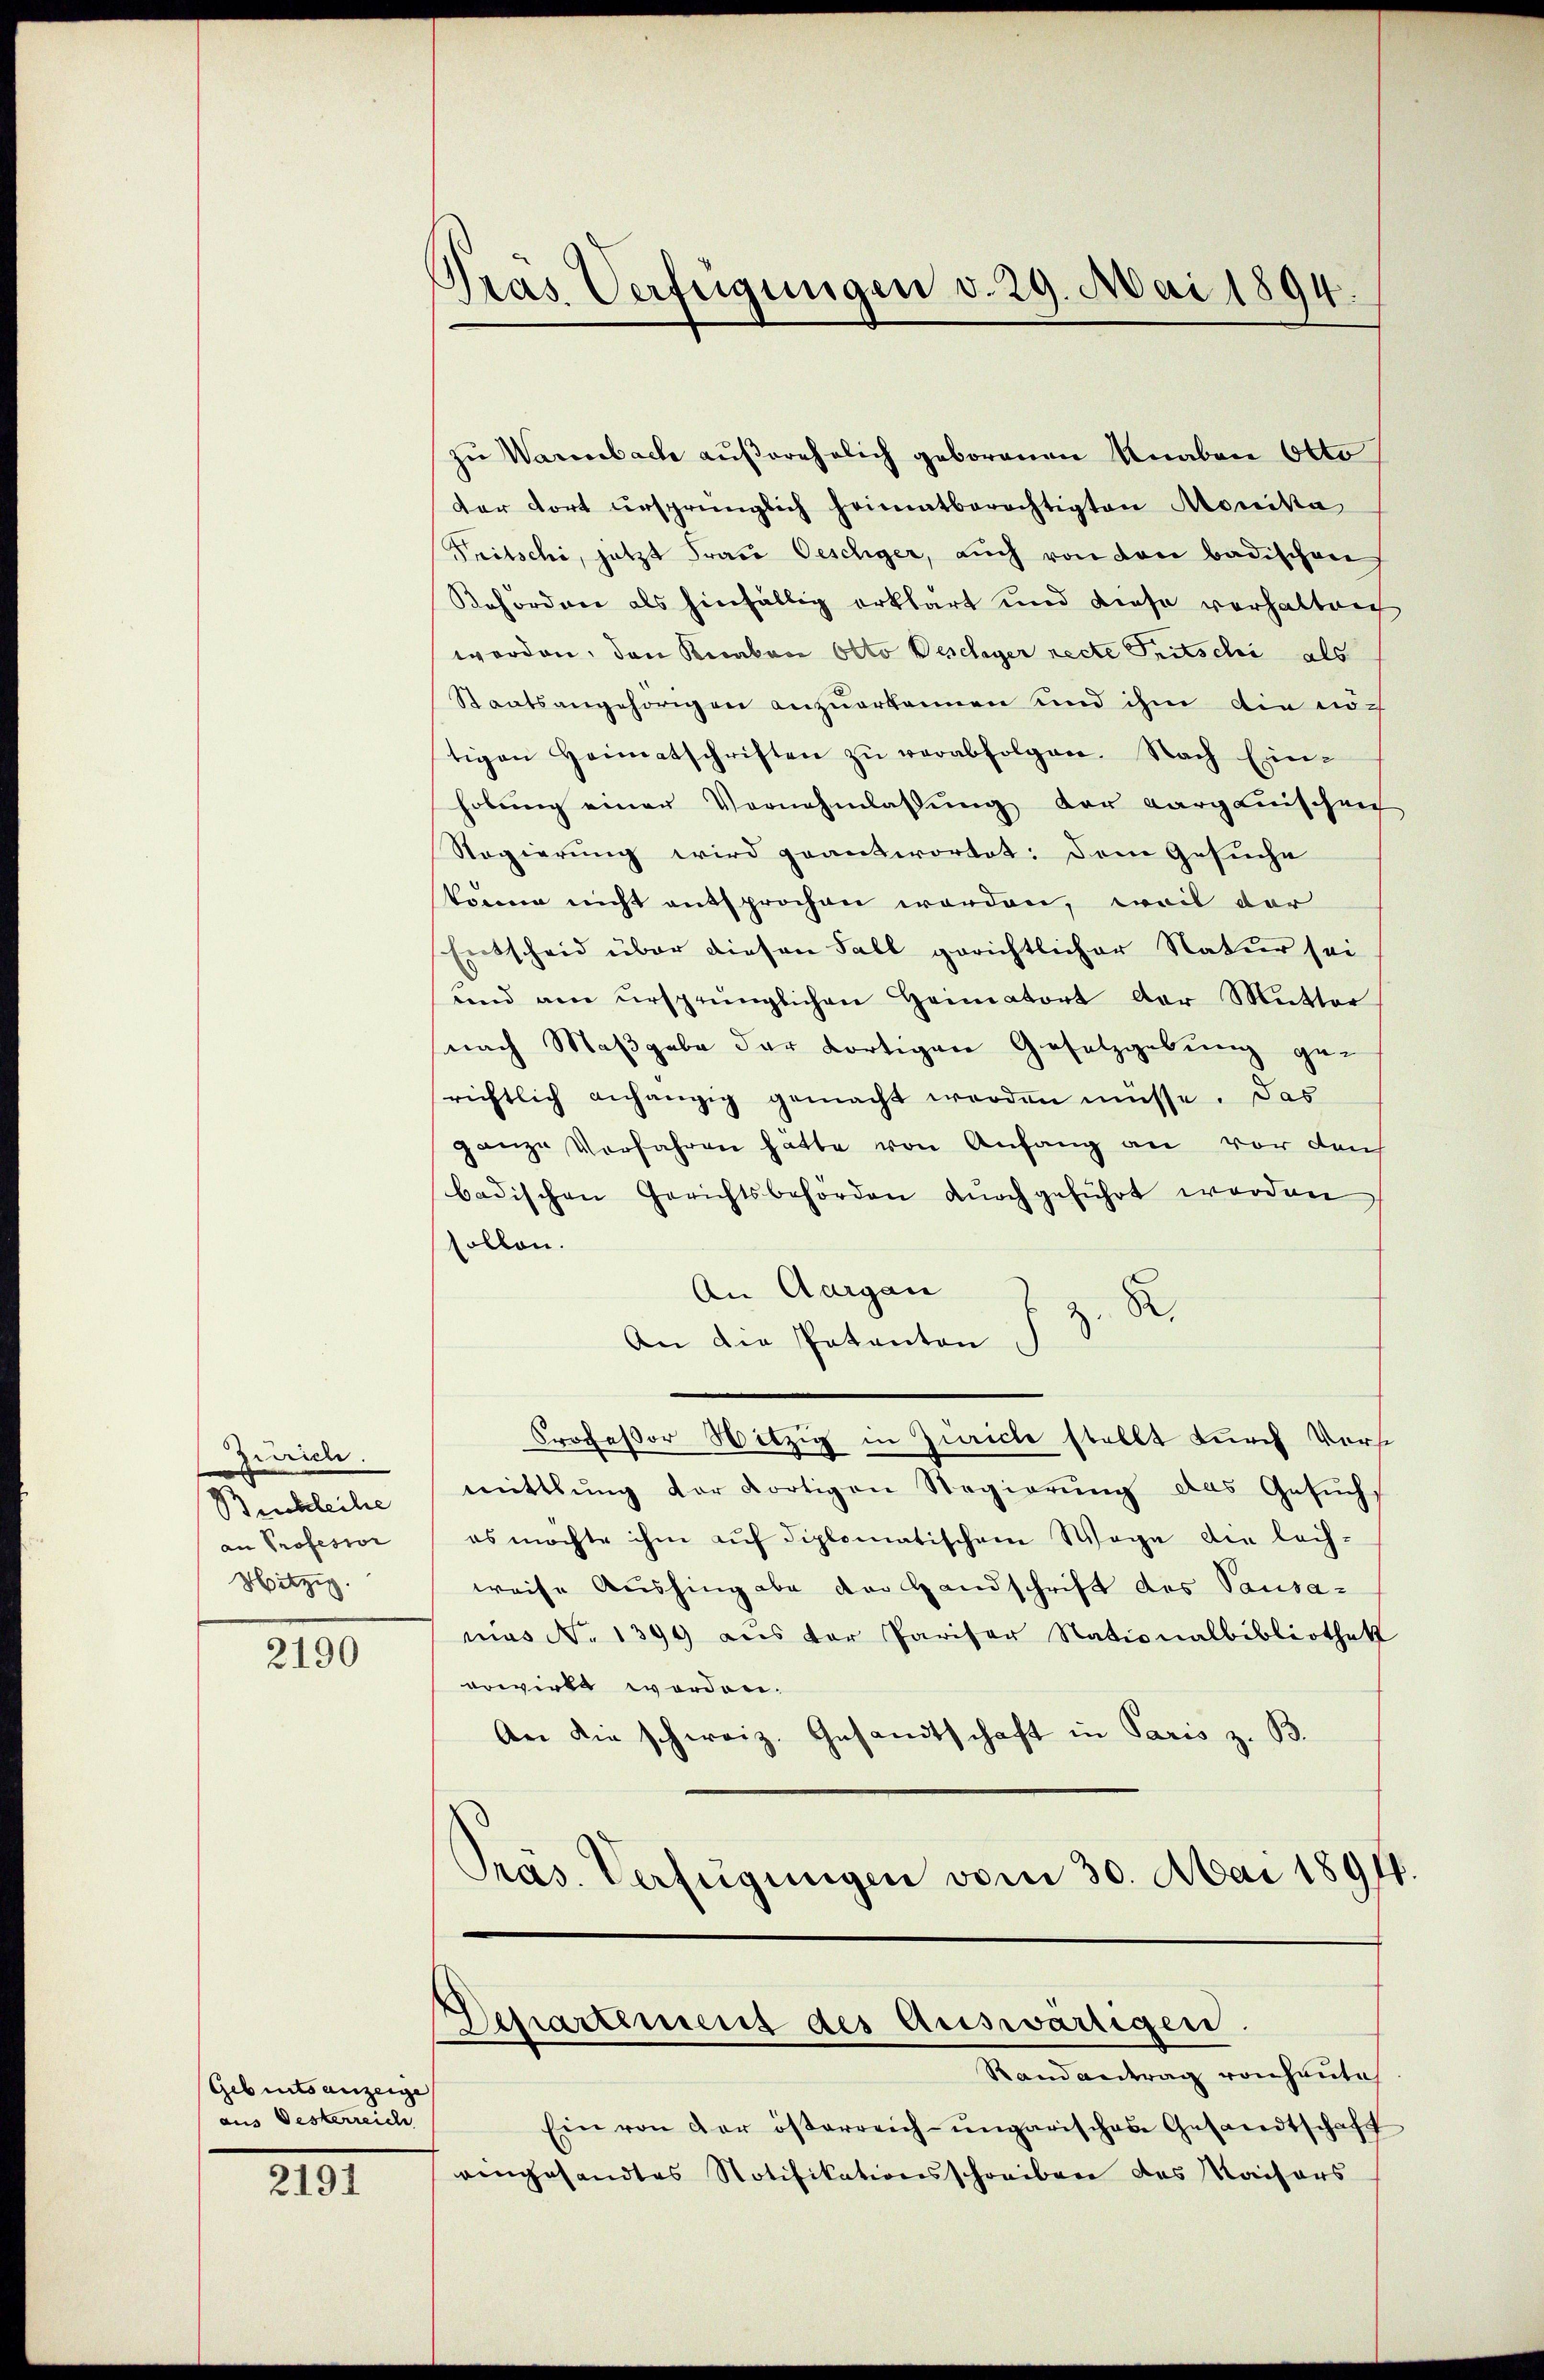
Zürich.
Buckleihe
an Professor
Hitzig.

2190

Gebiets anzeige
aus Oesterreich

2191

Gras Verfügungen v. 29. Mai 1894.

zŭ Warmbach außerehelich geborenen Knaben Otto
der dort ursprünglich heimatberechtigten Monika
Tritschi, jetzt Frau Oeschger, auch von den badischen
Refordere als hinfällig erklärt und diese verhalten
werden, den Ricabon Otto Beschiger recte Tritschi als
Staatsangehörigen anzuerkennen und ihm die noch
tigen Heimatschriften zŭ verabfolgen. Nach Ein-
hobŭng einer Vernehmlassŭng der aargauischen
Regierung wird geantwortet: Dem Gesuche
könne nicht entsprochen werden, weil der
Entscheid über diesen Fall gerichtlicher Natur sei
und am ursprünglichen Heimatort der Mutter
nach Maßgabe der dortigen Gesetzgebung ge-
richtlich anhängig gemacht worden müsse. Das
ganze Verfahren hatte von Anfang an vor durch
badischen Gerichtsbehörden dŭrchgeführt worden
sollen.
An Aargau
z. R.
An die Pakanton
Professor Witzig in Zürich stellt durch Verst
mittlung der dortigen Regierung das Gesuchs
es möchte ihm aŭf diplomatischem Wege die lech-
weise Aushingabe der Handschrift des Pausamas No 1399 aus der Pariser Nationalbibliothek
erwirkt worden.
An die schweiz. Gesandtschaft in Paris z. B.
Präs. Verfügungen vom 30. Mai 1891
Departement des Auswärtigen.
Randantrag von heute
Ein von der österreich-ungarischen Gesandtschaft
aengesandtes Notifikationsschreiben des Kaisers